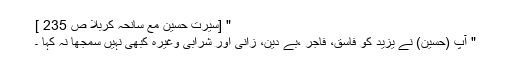
" [سیرتِ حسینؓ مع سانحہ کربلا ص 235 ]
" آپ (حسینؓ) نے یزید کو فاسق، فاجر ،بے دین، زانی اور شرابی وغیرہ کبھی نہیں سمجھا نہ کہا ۔